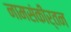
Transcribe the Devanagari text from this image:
नामसंकीर्तन